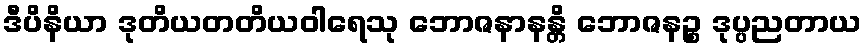
ဒီပိနိယာ ဒုတိယတတိယဝါရေသု ဘောဇနာနန္တိ ဘောဇနဉ္စ ဒုပ္ပညတာယ